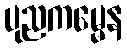
ပုညကမ္မေန